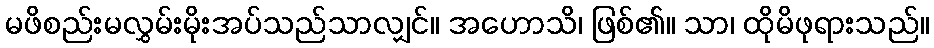
မဖိစည်းမလွှမ်းမိုးအပ်သည်သာလျှင်။ အဟောသိ၊ ဖြစ်၏။ သာ၊ ထိုမိဖုရားသည်။